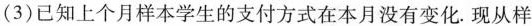
(3)已知上个月样本学生的支付方式在本月没有变化.现从样